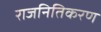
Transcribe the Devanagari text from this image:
राजनितिकरण